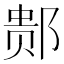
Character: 䣒